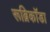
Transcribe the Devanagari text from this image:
रूब्रिकॉडा